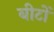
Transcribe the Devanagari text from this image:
बीटों